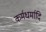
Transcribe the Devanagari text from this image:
कर्मधर्मादि